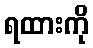
ရထားကို